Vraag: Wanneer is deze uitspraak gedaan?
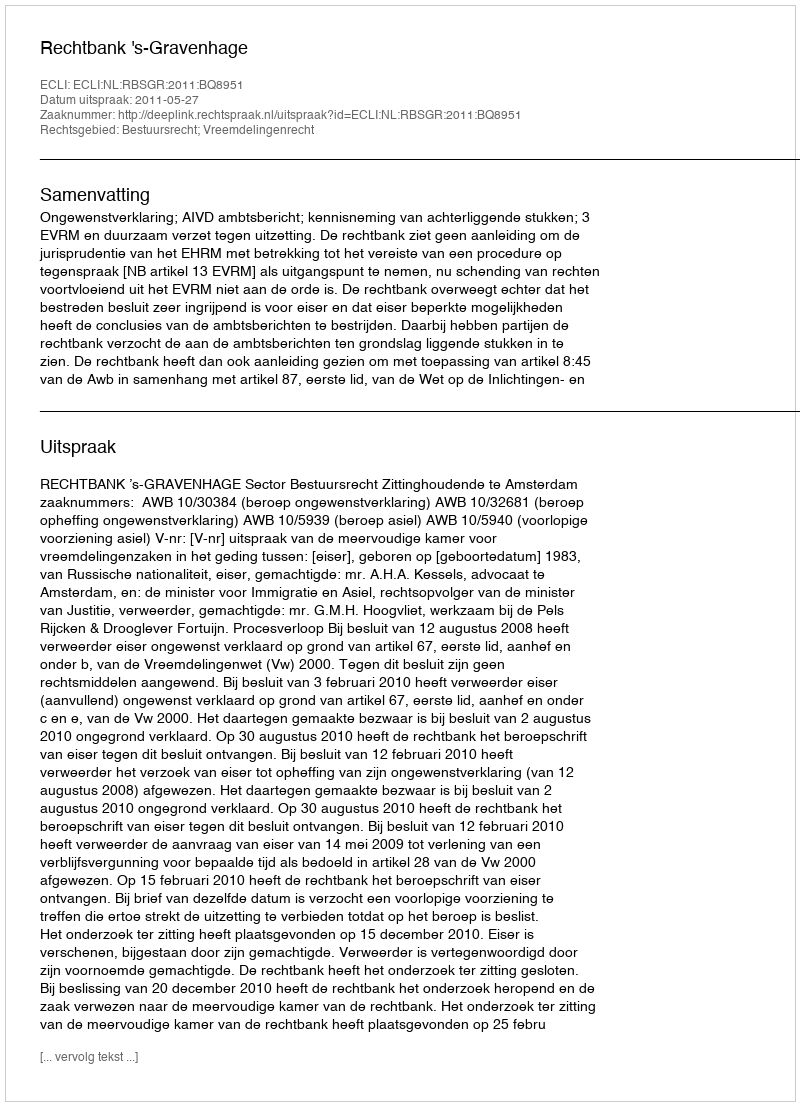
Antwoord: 2011-05-27